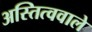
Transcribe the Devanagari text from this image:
अस्तित्ववाले